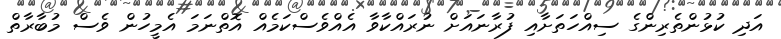
އަދި ކުޅުންތެރިންގެ ސިއްހަތަށާއި ފުރާނައަށް ނުރައްކާވާ އެއްވެސްކަމެއް އޮތްނަމަ އެމީހުން ވެސް މުބާރާތް